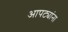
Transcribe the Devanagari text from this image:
आपट्यांना